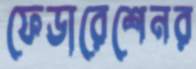
ফেডারেশেনর